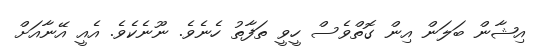
އިޝާން ބަލަން އިން ގޮތްވެސް ހީވީ ތަފާތު ހެނެވެ. ނޫނެކެވެ. އެއީ އޭނާއަށް